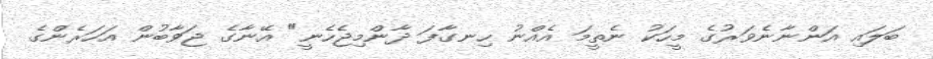
ބަލައި އަންނާނެވަރުގެ މީހަކު ނެތީމަ އެއްނު ހިނގާފަ ދާންމިޖެހެނީ" އޭނާގެ ޖަވާބުން އަހަރެންގެ